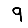
Digit: 9